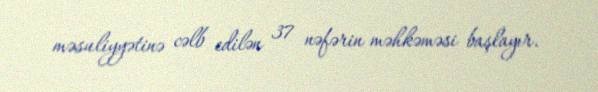
məsuliyyətinə cəlb edilən 37 nəfərin məhkəməsi başlayır.